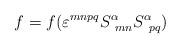
LaTeX: \begin{align*}f=f(\varepsilon ^{mnpq} S^{\alpha}_{\ mn}S^{\alpha}_{\ pq}) \end{align*}